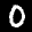
Label: 0